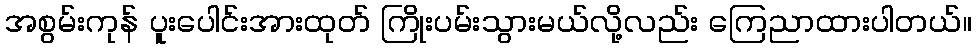
အစွမ်းကုန် ပူးပေါင်းအားထုတ် ကြိုးပမ်းသွားမယ်လို့လည်း ကြေညာထားပါတယ်။